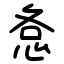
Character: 㤩